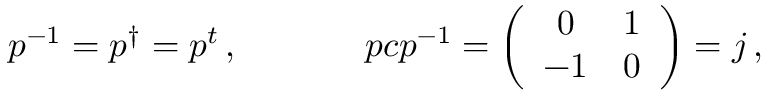
\begin{array} { c c } { { p ^ { - 1 } = p ^ { \dagger } = p ^ { t } \, , ~ ~ ~ ~ } } & { { ~ ~ ~ ~ p c p ^ { - 1 } = \left( \begin{array} { c c } { { 0 } } & { { 1 } } \\ { { - 1 } } & { { 0 } } \end{array} \right) = j \, , } } \end{array}